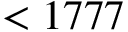
< 1 7 7 7